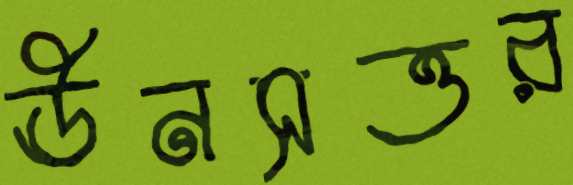
ঊনসত্তর